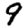
Digit: 9